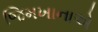
જિમખાનાએ